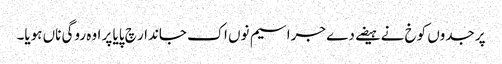
پر جدوں کوخ نے ہیضے دے جراسیم نوں اک جاندار چ پایا پر اوہ روگی ناں ہویا۔